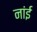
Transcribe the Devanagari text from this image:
नांई